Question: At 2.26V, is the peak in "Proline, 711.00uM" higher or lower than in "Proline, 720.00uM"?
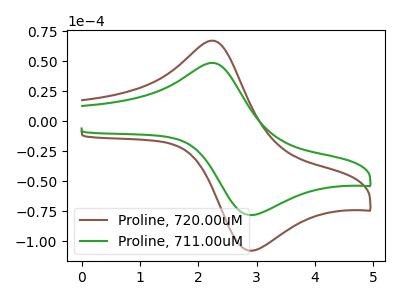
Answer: <think>The brown curve "Proline, 720.00uM" has an anodic peak at (2.25V, 67.25uA) and a cathodic peak at (2.90V, -108.00uA). The green curve "Proline, 711.00uM" has an anodic peak at (2.25V, 48.70uA) and a cathodic peak at (2.90V, -78.25uA).</think>
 <answer>The peak at 2.26V is lower in "Proline, 711.00uM" than in "Proline, 720.00uM".</answer>
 <eval>lower</eval>